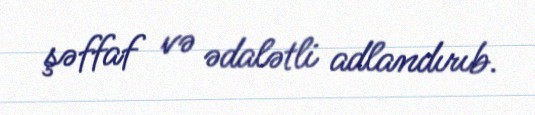
şəffaf və ədalətli adlandırıb.